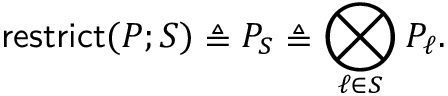
\mathsf { r e s t r i c t } ( P ; S ) \triangleq P _ { S } \triangleq \bigotimes _ { \ell \in S } P _ { \ell } .